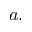
a .